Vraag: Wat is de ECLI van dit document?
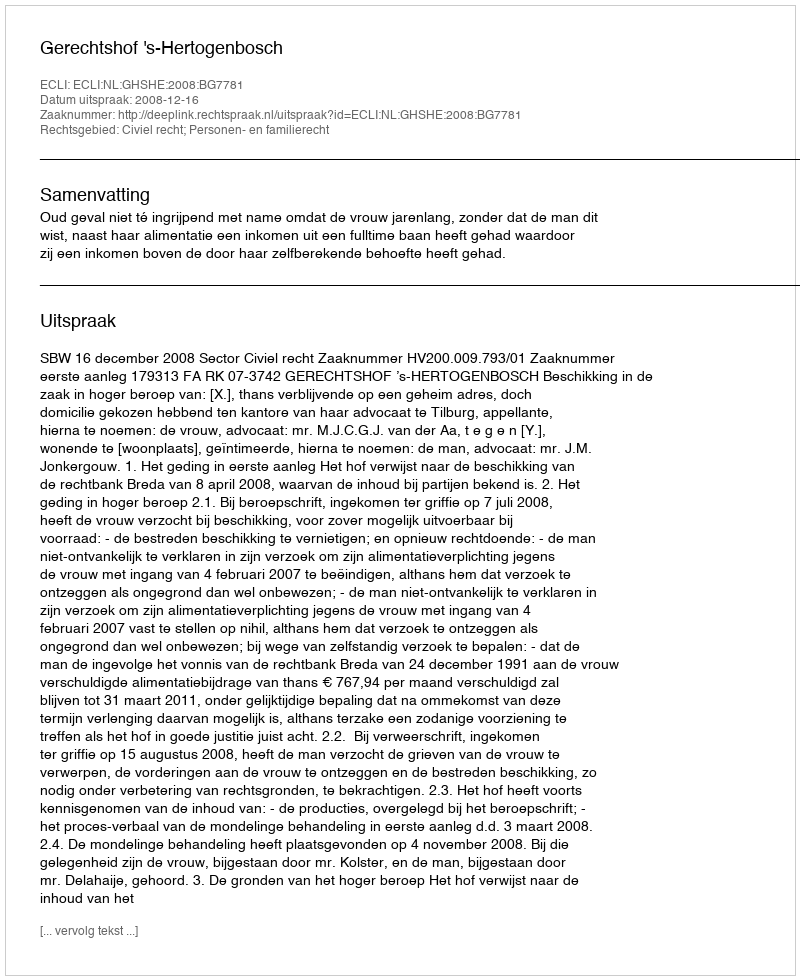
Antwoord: ECLI:NL:GHSHE:2008:BG7781